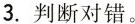
3. 判断对错。